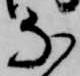
な